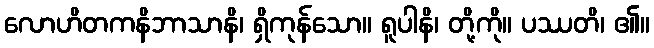
လောဟိတကနိဘာသာနိ၊ ရှိကုန်သော။ ရူပါနိ၊ တို့ကို။ ပဿတိ၊ ၏။